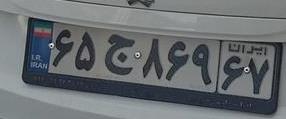
۶۵ج۸۶۹۶۷